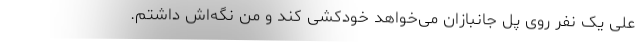
علی یک نفر روی پل جانبازان می‌خواهد خودکشی کند و من نگه‌اش داشتم.